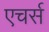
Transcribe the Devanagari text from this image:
एचर्स